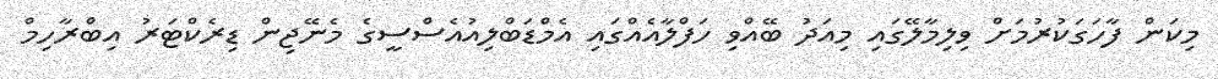
މިކަން ފާހަގަކުރުމަށް ވިލިމާލޭގައި މިއަދު ބޭއްވި ހަފްލާއެއްގައި އެމްޑަބްލިއުއެސްސީގެ މެނޭޖިން ޑިރެކްޓަރު އިބްރާހިމް